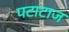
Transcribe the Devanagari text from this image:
पटाटाज